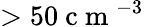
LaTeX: >50\mathrm{~c~m~}^{-3}